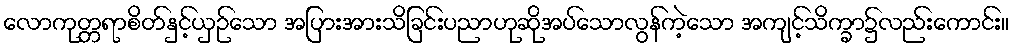
လောကုတ္တရာစိတ်နှင့်ယှဉ်သော အပြားအားသိခြင်းပညာဟုဆိုအပ်သောလွန်ကဲ့သော အကျင့်သိက္ခာ၌လည်းကောင်း။